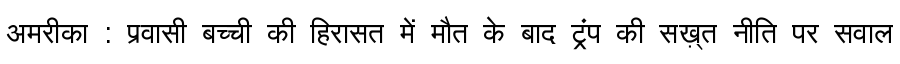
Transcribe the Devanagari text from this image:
अमरीका : प्रवासी बच्ची की हिरासत में मौत के बाद ट्रंप की सख़्त नीति पर सवाल